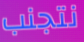
نتجنب